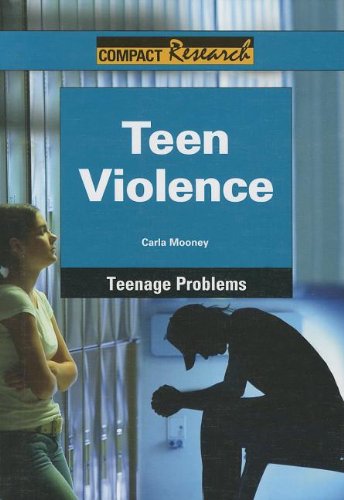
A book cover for Teen Violence (Compact Research: Teenage Problems); Carla Mooney; Teen & Young Adult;